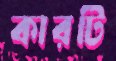
কারটি